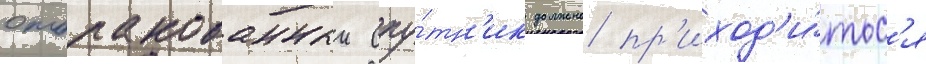
отбракованныи спу́тн'ик должно пр'иход'и́тьс'я